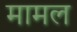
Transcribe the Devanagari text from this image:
मामल